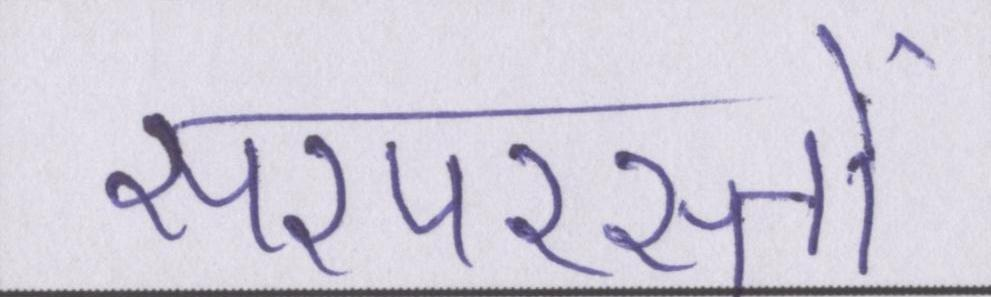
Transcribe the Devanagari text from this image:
सरपरस्तों